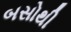
બસોથી